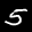
Label: 5